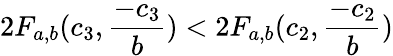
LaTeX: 2F_{a,b}(c_{3},\frac{-c_{3}}{b})<2F_{a,b}(c_{2},\frac{-c_{2}}{b})